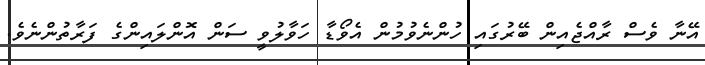
އޭނާ ވެސް ރާއްޖެއިން ބޭރުގައި ހުންނެވުމުން އެވޯޑާ ހަވާލުވީ ސަން އޮންލައިންގެ ފަރާތުންނެވެ.